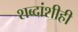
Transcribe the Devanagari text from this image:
शब्दांशीही